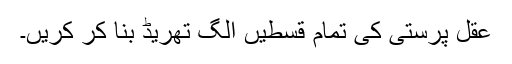
عقل پرستی کی تمام قسطیں الگ تھریڈ بنا کر کریں۔